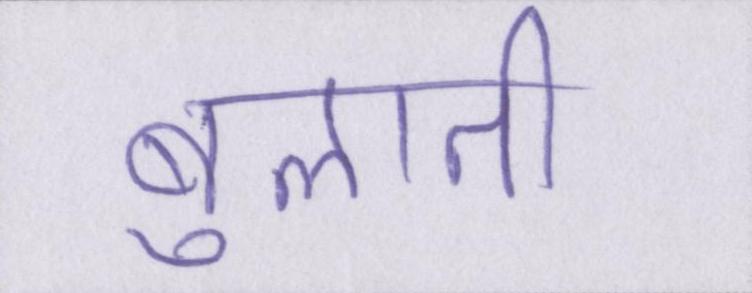
बुलाती